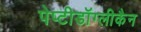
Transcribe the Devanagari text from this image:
पेप्टीडॉग्लीकैन